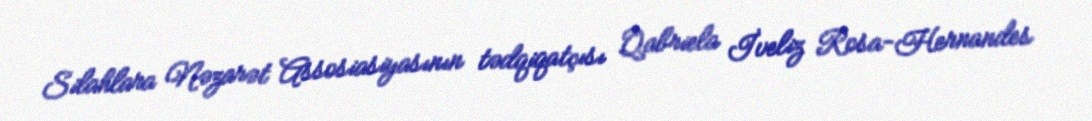
Silahlara Nəzarət Assosiasiyasının tədqiqatçısı Qabriela İveliz Rosa-Hernandes